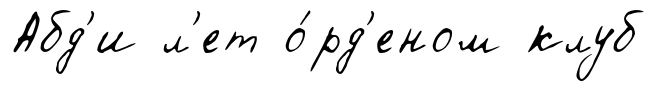
Абд'и л'ет о́рд'еном клуб